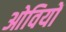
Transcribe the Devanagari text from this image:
ओवियों